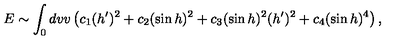
E \sim \int _ { 0 } d v v \left( c _ { 1 } ( h ^ { \prime } ) ^ { 2 } + c _ { 2 } ( \sin h ) ^ { 2 } + c _ { 3 } ( \sin h ) ^ { 2 } ( h ^ { \prime } ) ^ { 2 } + c _ { 4 } ( \sin h ) ^ { 4 } \right) ,